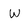
Character: W